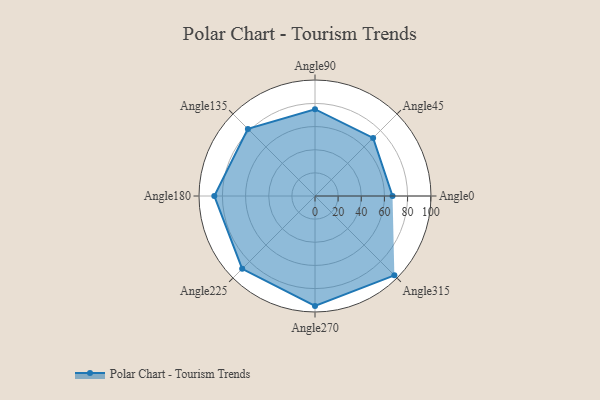
{"axis": {"x": "Angle", "y": "Radius"}, "legend": [""], "data": [{"x": "Angle0", "y": 67.0, "type": ""}, {"x": "Angle45", "y": 71.0, "type": ""}, {"x": "Angle90", "y": 75.0, "type": ""}, {"x": "Angle135", "y": 82.0, "type": ""}, {"x": "Angle180", "y": 87.0, "type": ""}, {"x": "Angle225", "y": 89.0, "type": ""}, {"x": "Angle270", "y": 95.0, "type": ""}, {"x": "Angle315", "y": 97.0, "type": ""}]}